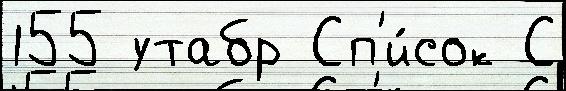
155 утабр Сп'и́сок С